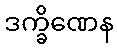
ဒက္ခိဏေန